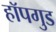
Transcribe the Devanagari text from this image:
हॉपगुड